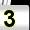
Digit: 3